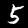
Label: 5